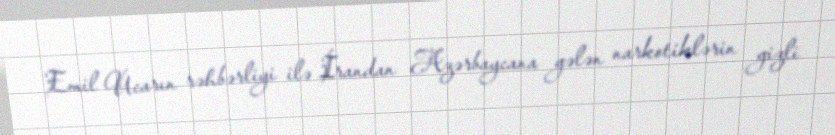
Emil Ucarın rəhbərliyi ilə İrandan Azərbaycana gələn narkotiklərin gizli